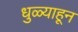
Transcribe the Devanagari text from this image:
धुळ्याहून